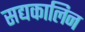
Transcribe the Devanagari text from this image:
सद्यकालिन